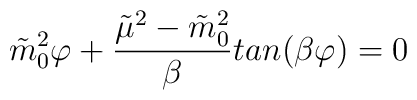
\tilde{m}_0^2\varphi+{\frac {\tilde{\mu}^2-\tilde{m}_0^2}{\beta}}         tan(\beta\varphi)=0